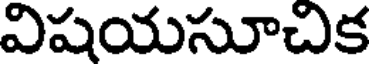
విషయసూచిక